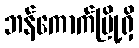
ဘန်ကောက်မြို့ရှိ